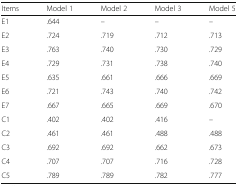
| Items | Model 1 | Model 2 | Model 3 | Model 5 |
 | --- | --- | --- | --- | --- |
 | E1 | .644 | – | – | – |
 | E2 | .724 | .719 | .712 | .713 |
 | E3 | .763 | .740 | .730 | .729 |
 | E4 | .729 | .731 | .738 | .740 |
 | E5 | .635 | .661 | .666 | .669 |
 | E6 | .721 | .743 | .740 | .742 |
 | E7 | .667 | .665 | .669 | .670 |
 | C1 | .402 | .402 | .416 | – |
 | C2 | .461 | .461 | .488 | .488 |
 | C3 | .692 | .692 | .662 | .673 |
 | C4 | .707 | .707 | .716 | .728 |
 | C5 | .789 | .789 | .782 | .777 |